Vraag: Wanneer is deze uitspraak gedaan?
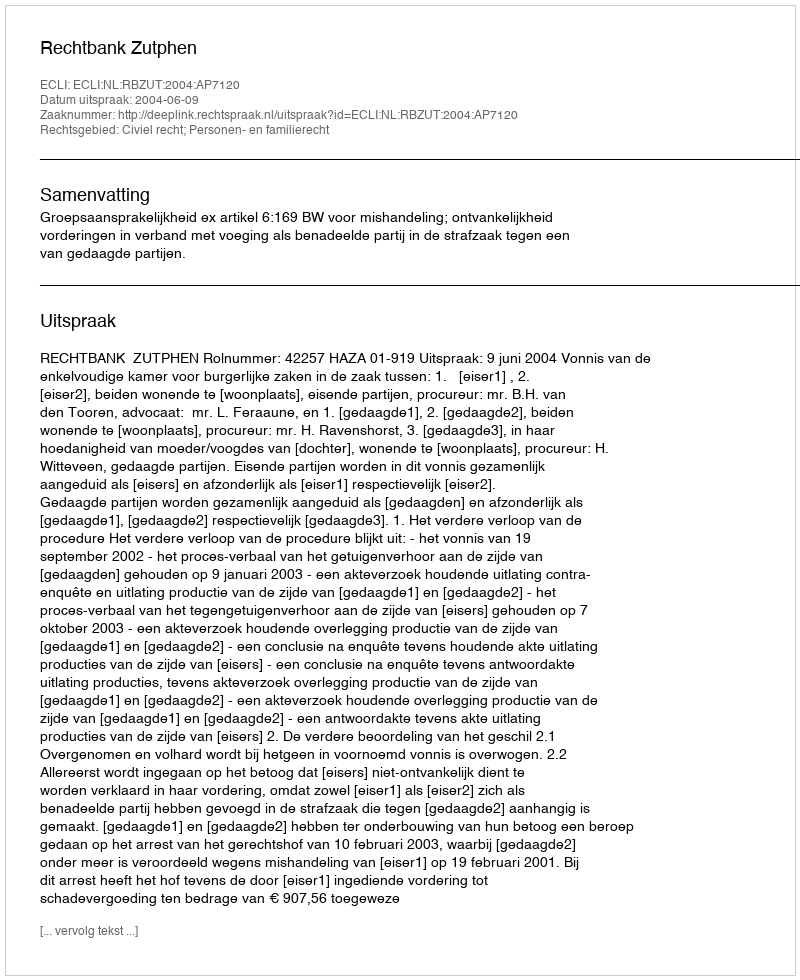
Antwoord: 2004-06-09